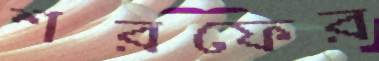
শরফের